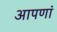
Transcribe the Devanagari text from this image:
आपणां